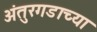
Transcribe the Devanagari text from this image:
अंतुरगडाच्या